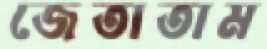
জেতাতাম